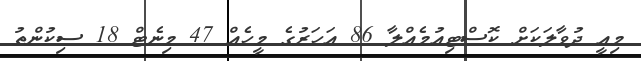
މިއީ ދުވާލަކަށް ކޮސްޓިއުމެއްލާ 86 އަހަރުގެ މީހެއް 47 މިނެޓް 18 ސިކުންތު